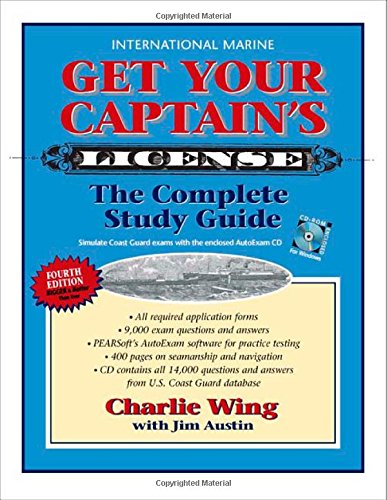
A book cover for Get Your Captain's License, Fourth Edition; Charlie Wing; Sports & Outdoors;